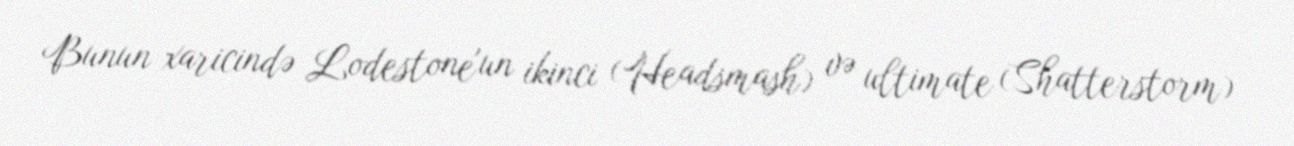
Bunun xaricində Lodestone'un ikinci (Headsmash) və ultimate (Shatterstorm)